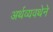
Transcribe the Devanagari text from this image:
अर्थव्यवथेने